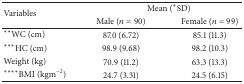
<table><thead><tr><td rowspan="2"><b>Variables</b></td><td colspan="2"><b>Mean (*SD)</b></td></tr><tr><td><b>Male (<i>n</i> = 90)</b></td><td><b>Female (<i>n</i> = 99)</b></td></tr></thead><tbody><tr><td>**WC (cm)</td><td>87.0 (6.72)</td><td>85.1 (11.3)</td></tr><tr><td>***HC (cm)</td><td>98.9 (9.68)</td><td>98.2 (10.3)</td></tr><tr><td>Weight (kg)</td><td>70.9 (11.2)</td><td>63.3 (13.3)</td></tr><tr><td>****BMI (kgm<sup>−2</sup>)</td><td>24.7 (3.31)</td><td>24.5 (6.15)</td></tr></tbody></table>